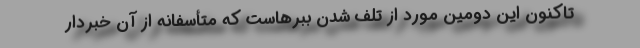
تاکنون این دومین مورد از تلف شدن ببرهاست که متأسفانه از آن خبردار